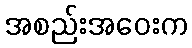
အစည်းအဝေးက